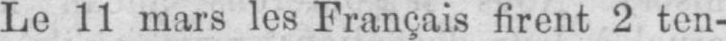
Le 11 mars les Français firent 2 ten-